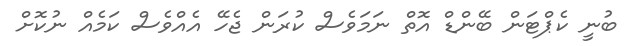
ބުނީ ކެޕްޓަން ބޭންޑް އޮތް ނަމަވެސް ކުރަން ޖެހޭ އެއްވެސް ކަމެއް ނުކޮށް